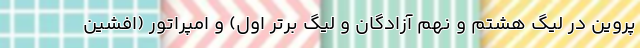
پروین در لیگ هشتم و نهم آزادگان و لیگ برتر اول) و امپراتور (افشین